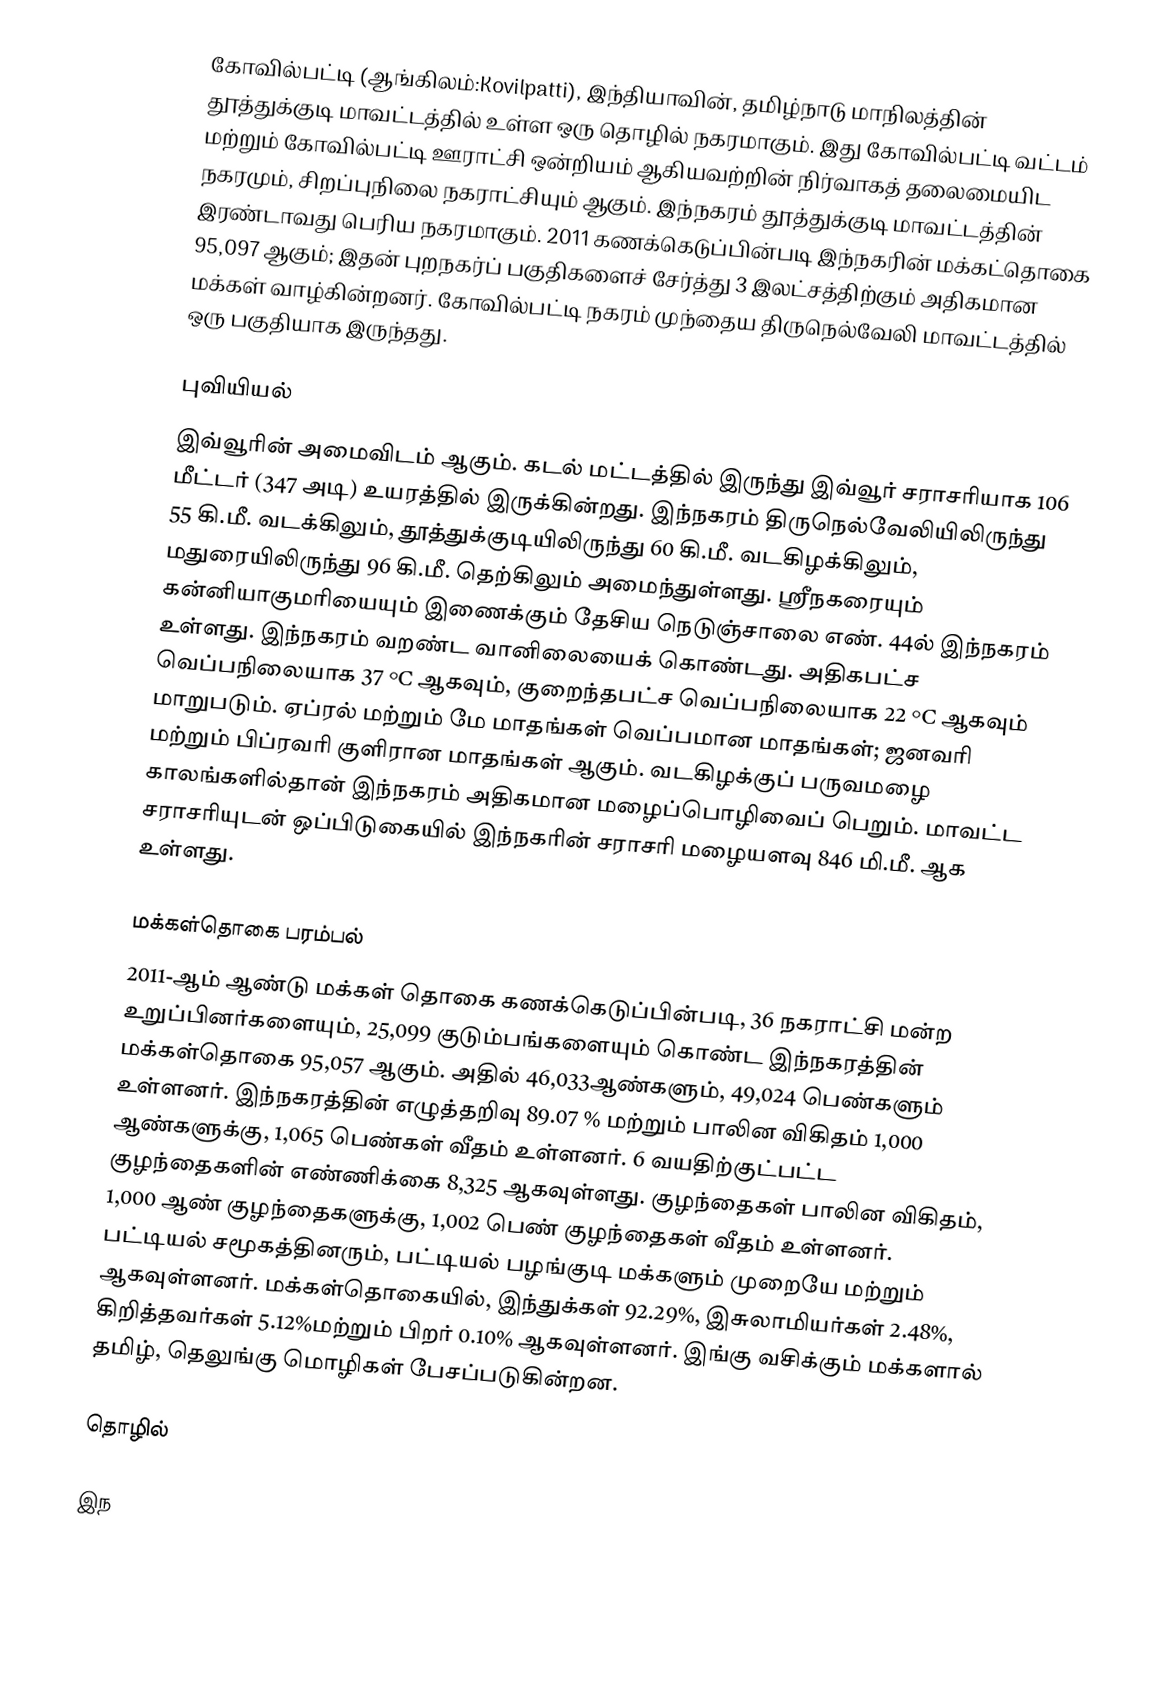
கோவில்பட்டி (ஆங்கிலம்:Kovilpatti), இந்தியாவின், தமிழ்நாடு மாநிலத்தின் தூத்துக்குடி மாவட்டத்தில் உள்ள ஒரு தொழில் நகரமாகும். இது கோவில்பட்டி வட்டம் மற்றும் கோவில்பட்டி ஊராட்சி ஒன்றியம் ஆகியவற்றின் நிர்வாகத் தலைமையிட நகரமும், சிறப்புநிலை நகராட்சியும் ஆகும். இந்நகரம் தூத்துக்குடி மாவட்டத்தின் இரண்டாவது பெரிய நகரமாகும். 2011 கணக்கெடுப்பின்படி இந்நகரின் மக்கட்தொகை 95,097 ஆகும்; இதன் புறநகர்ப் பகுதிகளைச் சேர்த்து 3 இலட்சத்திற்கும் அதிகமான மக்கள் வாழ்கின்றனர். கோவில்பட்டி நகரம் முந்தைய திருநெல்வேலி மாவட்டத்தில் ஒரு பகுதியாக இருந்தது.

புவியியல்
இவ்வூரின் அமைவிடம்  ஆகும். கடல் மட்டத்தில் இருந்து இவ்வூர் சராசரியாக 106 மீட்டர் (347 அடி) உயரத்தில் இருக்கின்றது. இந்நகரம் திருநெல்வேலியிலிருந்து 55 கி.மீ. வடக்கிலும், தூத்துக்குடியிலிருந்து 60 கி.மீ. வடகிழக்கிலும், மதுரையிலிருந்து 96 கி.மீ. தெற்கிலும் அமைந்துள்ளது. ஸ்ரீநகரையும் கன்னியாகுமரியையும் இணைக்கும் தேசிய நெடுஞ்சாலை எண். 44ல் இந்நகரம் உள்ளது. இந்நகரம் வறண்ட வானிலையைக் கொண்டது. அதிகபட்ச வெப்பநிலையாக 37 °C ஆகவும், குறைந்தபட்ச வெப்பநிலையாக 22 °C ஆகவும் மாறுபடும். ஏப்ரல் மற்றும் மே மாதங்கள் வெப்பமான மாதங்கள்; ஜனவரி மற்றும் பிப்ரவரி குளிரான மாதங்கள் ஆகும். வடகிழக்குப் பருவமழை காலங்களில்தான் இந்நகரம் அதிகமான மழைப்பொழிவைப் பெறும். மாவட்ட சராசரியுடன் ஒப்பிடுகையில் இந்நகரின் சராசரி மழையளவு 846 மி.மீ. ஆக உள்ளது.

மக்கள்தொகை பரம்பல்
2011-ஆம் ஆண்டு மக்கள் தொகை கணக்கெடுப்பின்படி, 36 நகராட்சி மன்ற உறுப்பினர்களையும், 25,099 குடும்பங்களையும் கொண்ட இந்நகரத்தின் மக்கள்தொகை  95,057 ஆகும். அதில்  46,033ஆண்களும், 49,024 பெண்களும் உள்ளனர்.   இந்நகரத்தின் எழுத்தறிவு 89.07 % மற்றும் பாலின விகிதம் 1,000 ஆண்களுக்கு, 1,065 பெண்கள் வீதம் உள்ளனர். 6 வயதிற்குட்பட்ட குழந்தைகளின் எண்ணிக்கை 8,325 ஆகவுள்ளது. குழந்தைகள் பாலின விகிதம்,  1,000 ஆண் குழந்தைகளுக்கு, 1,002 பெண் குழந்தைகள் வீதம் உள்ளனர். பட்டியல் சமூகத்தினரும், பட்டியல் பழங்குடி மக்களும் முறையே மற்றும் ஆகவுள்ளனர். மக்கள்தொகையில், இந்துக்கள்  92.29%, இசுலாமியர்கள் 2.48%, கிறித்தவர்கள் 5.12%மற்றும் பிறர் 0.10% ஆகவுள்ளனர். இங்கு வசிக்கும் மக்களால் தமிழ், தெலுங்கு மொழிகள் பேசப்படுகின்றன.

தொழில்

 இந